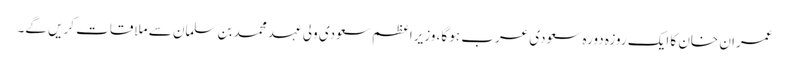
عمران خان کا ایک روزہ دورہ سعودی عرب ہو گا، وزیراعظم سعودی ولی عہد محمد بن سلمان سے ملاقات کریں گے۔